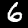
Digit: 6